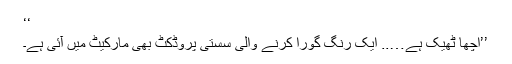
‘‘
’’اچھا ٹھیک ہے….. ایک رنگ گورا کرنے والی سستی پروڈکٹ بھی مارکیٹ میں آئی ہے۔